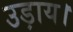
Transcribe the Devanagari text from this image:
उड़ाय।